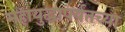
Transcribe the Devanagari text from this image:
महायुद्धापर्यंतच्या